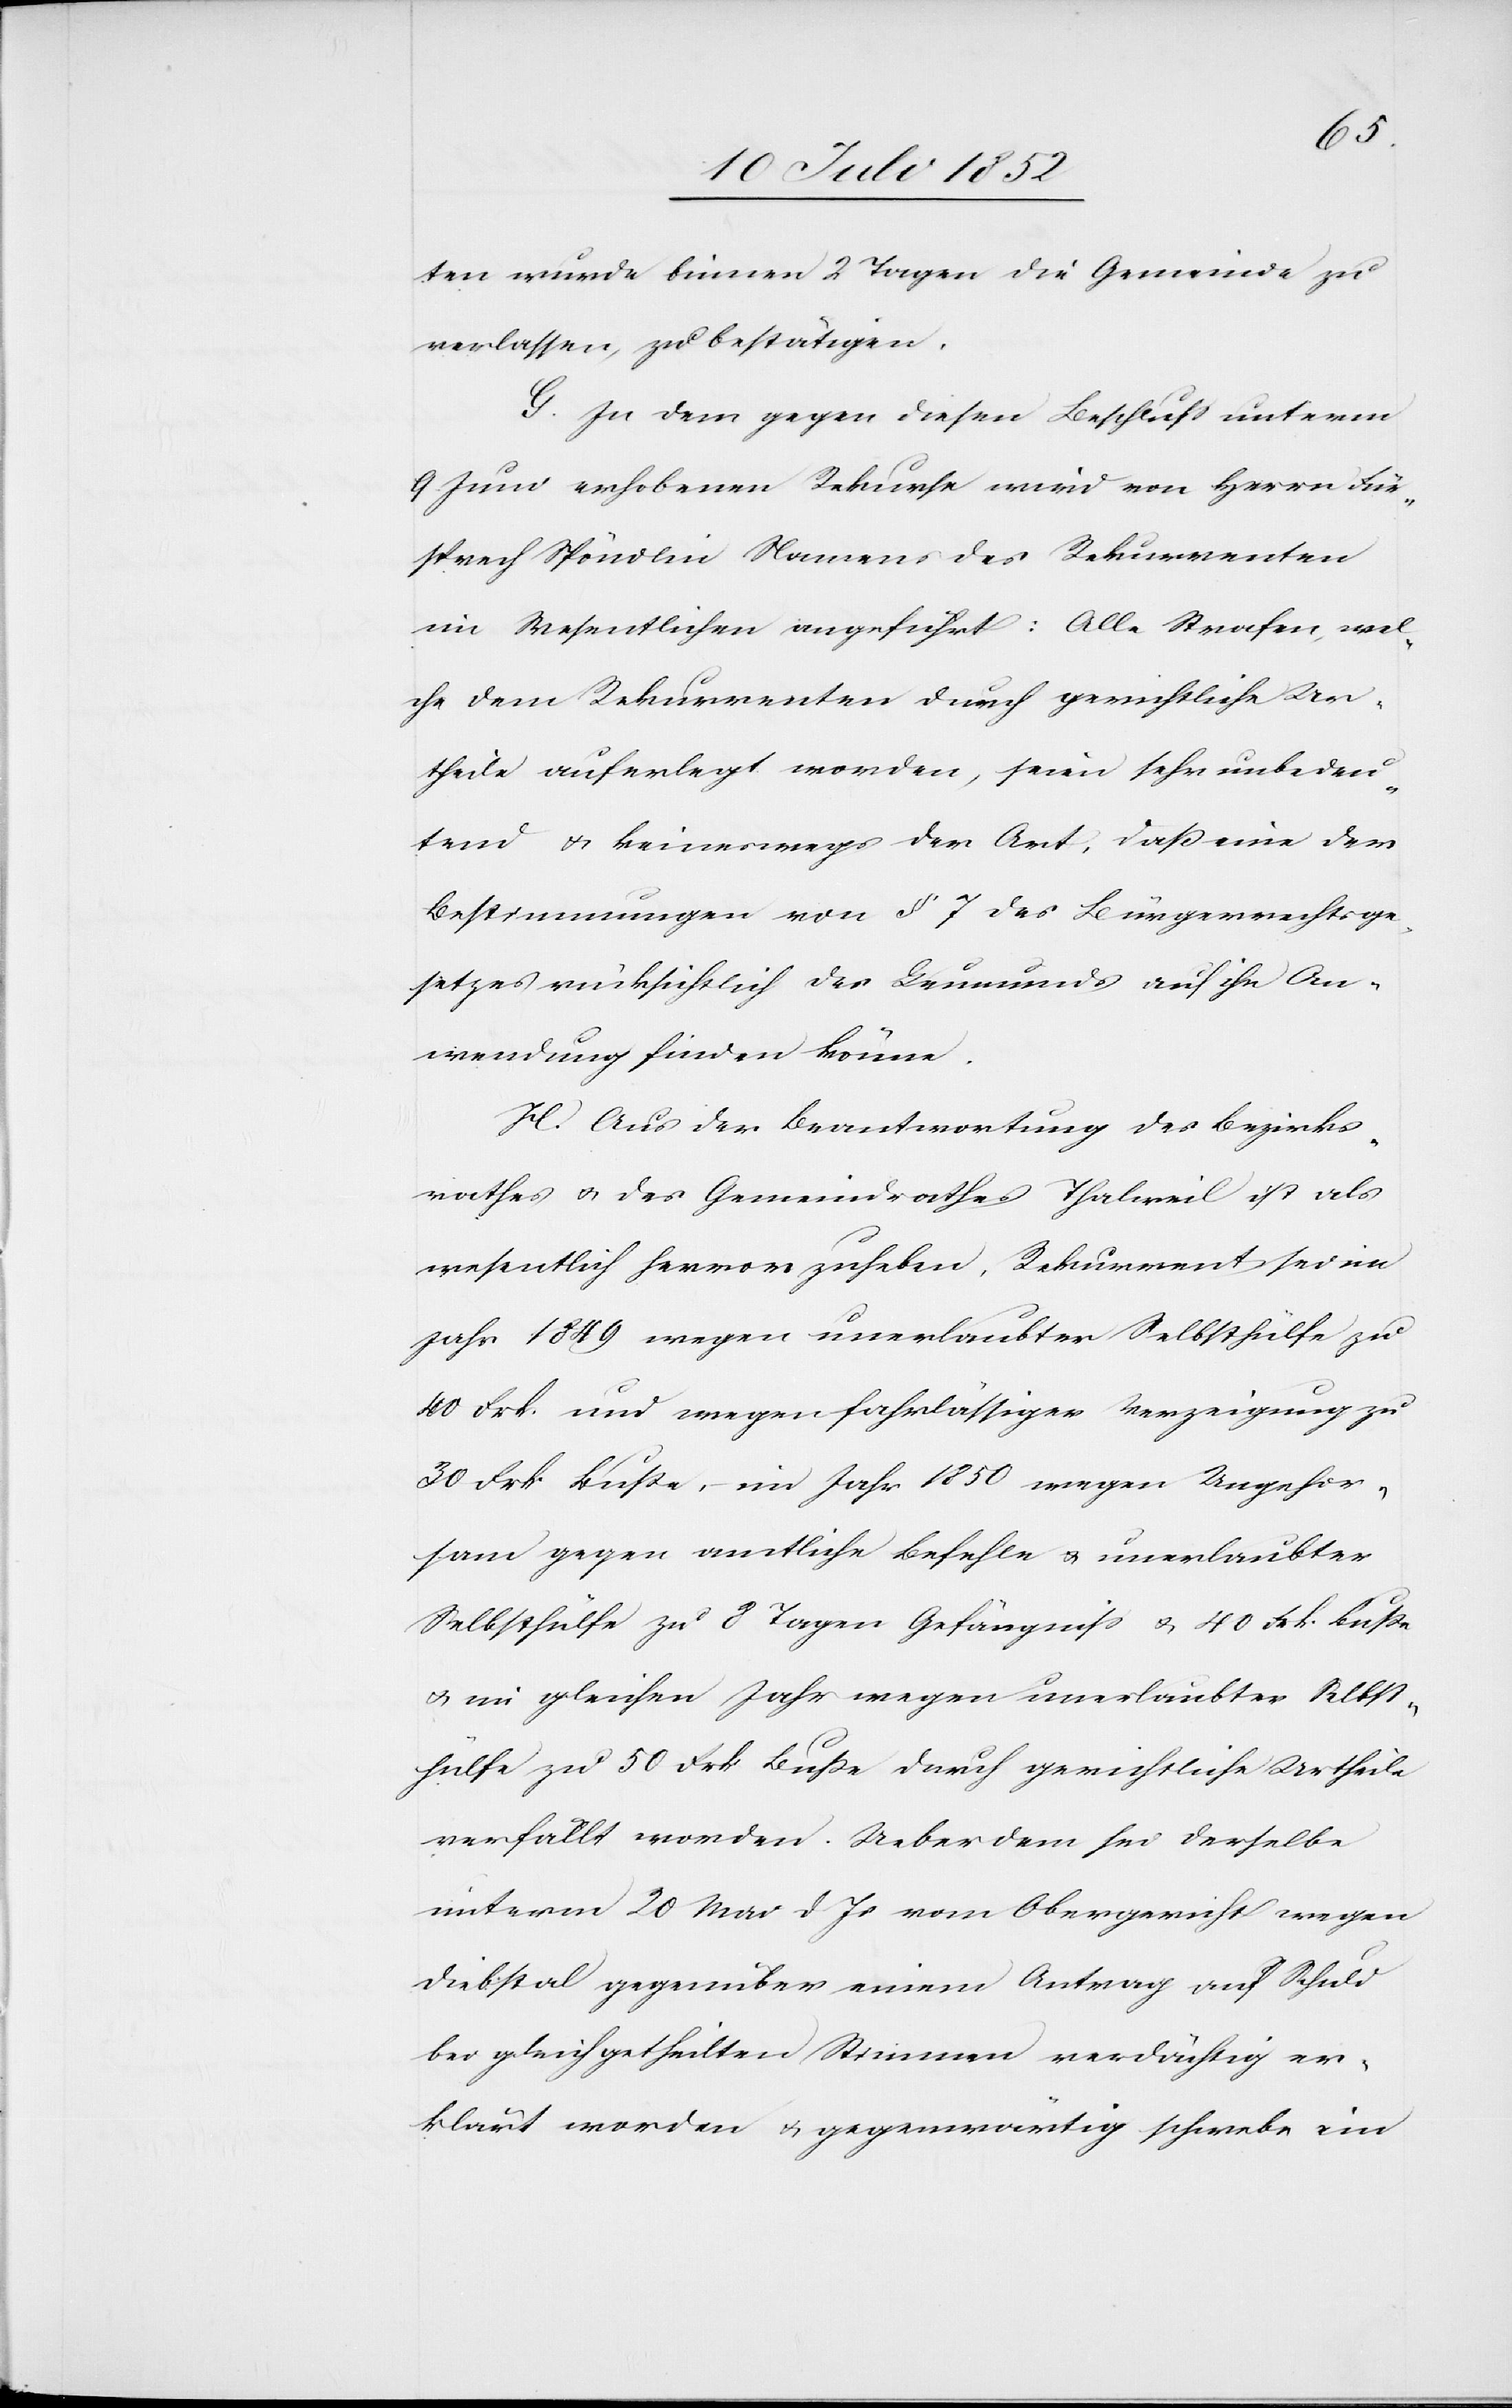
ten wurde binnen 2 Tagen die Gemeinde zu
verlassen, zu bestätigen.
G. In dem gegen diesen Beschluss unterm
9. Juni erhobenen Rekurse wird von Herrn Für¬
sprech Spöndlin Namens des Rekurrenten
im Wesentlichen angeführt: Alle Strafen, wel¬
che dem Rekurrenten durch gerichtliche Ur¬
theile auferlegt worden, seien sehr unbedeu¬
tend & keineswegs der Art, daß eine der
Bestimmungen von § 7 des Bürgerrechtsge¬
setzes rücksichtlich des Leumunds auf ihn An¬
wendung finden könne.
H. Aus der Beantwortung des Bezirks¬
rathes & des Gemeindrathes Thalweil ist als
wesentlich hervorzuheben, Rekurrent sei im
Jahr 1849 wegen unerlaubter Selbsthülfe zu
40 Frk. und wegen fahrlässiger Verzeigung zu
30 Frk. Buße, – im Jahr 1850 wegen Ungehor¬
sam gegen amtliche Befehle & unerlaubter
Selbsthülfe zu 8 Tagen Gefängniss & 40 Frk. Buße
& im gleichen Jahr wegen unerlaubter Selbst¬
hülfe zu 50 Frk Buße durch gerichtliche Urtheile
verfällt worden. Ueberdem sei derselbe
unterm 20 Mai d Js vom Obergericht wegen
Diebstal gegenüber einem Antrag auf Schuld
bei gleichgetheilten Stimmen verdächtig er¬
klärt worden & gegenwärtig schwebe ein